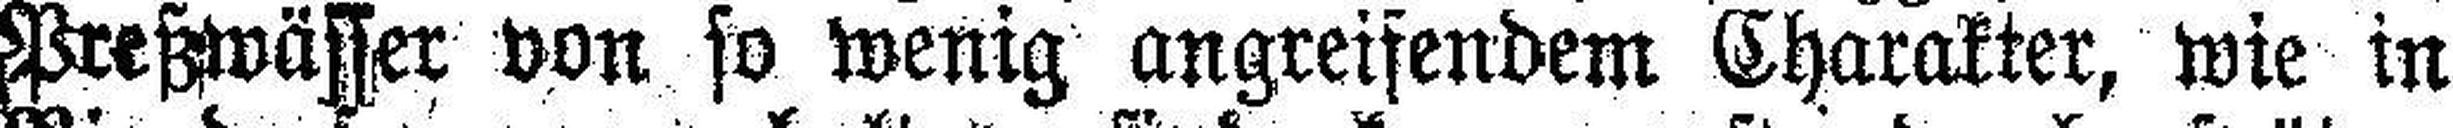
Preßwässer von so wenig angreifendem Charakter, wie in